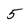
Character: 5